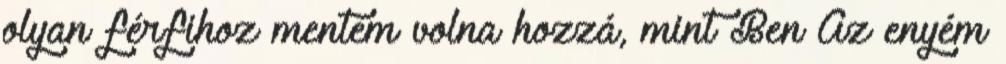
olyan férfihoz mentem volna hozzá, mint Ben Az enyém